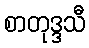
စာတုဒ္ဒသီ